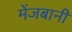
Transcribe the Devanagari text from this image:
मेंजबानी